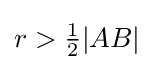
r>{\tfrac {1}{2}}|AB|